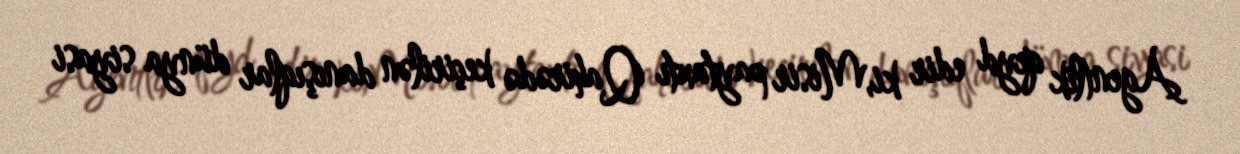
Agentlik qeyd edir ki,Misir paytaxtı Qahirədə keçirilən danışıqlar dünya siyasi